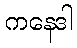
ကနေဒါ